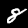
Digit: 8